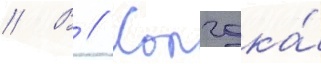
// В // Колчака́